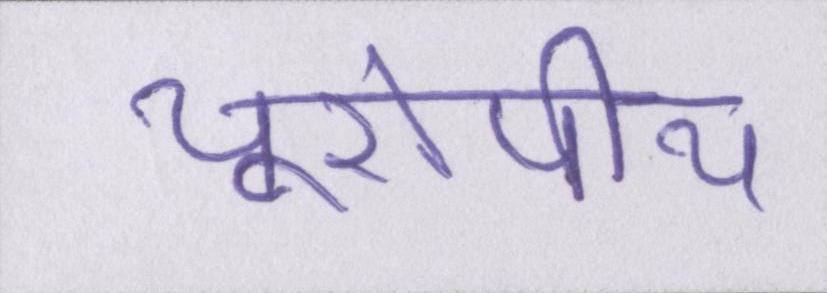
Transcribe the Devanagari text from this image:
यूरोपीय